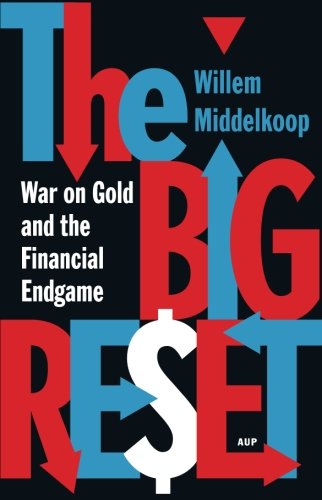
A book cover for The Big Reset: War on Gold and the Financial Endgame; Willem Middelkoop; Business & Money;